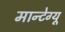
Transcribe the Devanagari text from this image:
मान्टेग्यू